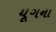
યૂગના